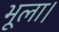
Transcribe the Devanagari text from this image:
भूला।